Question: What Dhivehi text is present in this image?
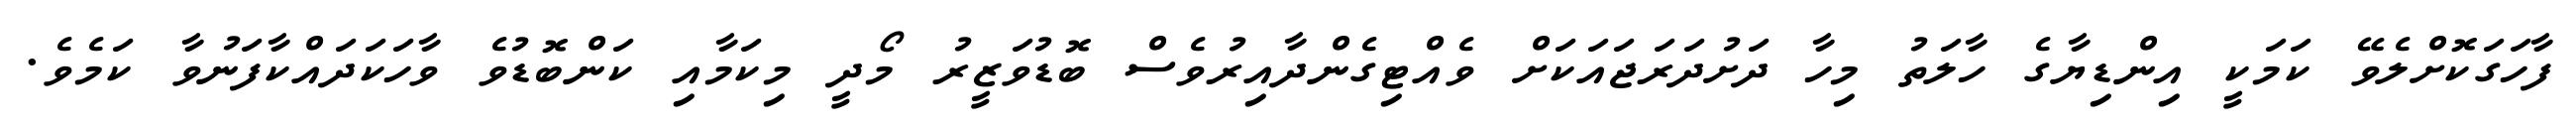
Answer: ފާހަގަކޮށްލެވޭ ކަމަކީ އިންޑިޔާގެ ހާލަތު މިހާ ދަށުދަރަޖައަކަށް ވެއްޓިގެންދާއިރުވެސް ބޮޑުވަޒީރު މޯދީ މިކަމާއި ކަންބޮޑުވެ ވާހަކަދައްކާފަނުވާ ކަމެވެ.